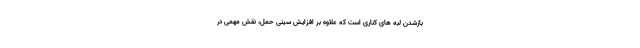
بازشدن لبه های کناری است که علاوه بر افزایش سینی حمل، نقش مهمی در